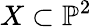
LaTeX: X\subset\mathbb{P}^{2}